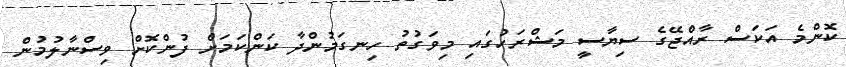
ކޮންމެ އަކަސް ރާއްޖޭގެ ސިޔާސީ މަޝްރަހުގައި މިވަގުތު ހިނގަމުންދާ ކަންކަމަށް ފުންކޮށް ވިސްނާލުމުން